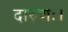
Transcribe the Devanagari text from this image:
दारुणः।